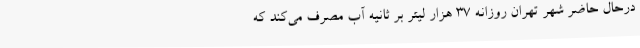
درحال حاضر شهر تهران روزانه ۳۷ هزار لیتر بر ثانیه آب مصرف می‌کند که